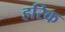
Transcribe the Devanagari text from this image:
हरिक